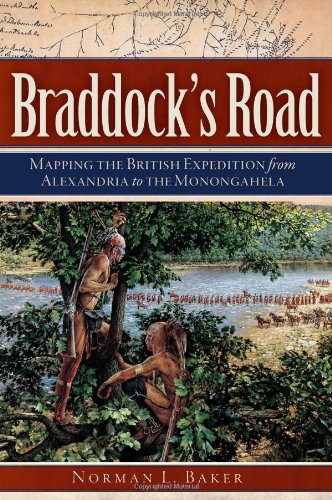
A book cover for Braddock's Road:: Mapping the British Expedition from Alexandria to the Monongahela (Military); Norman L. Baker; History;